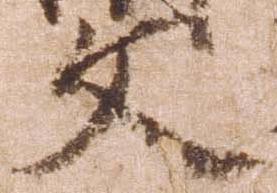
文